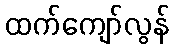
ထက်ကျော်လွန်